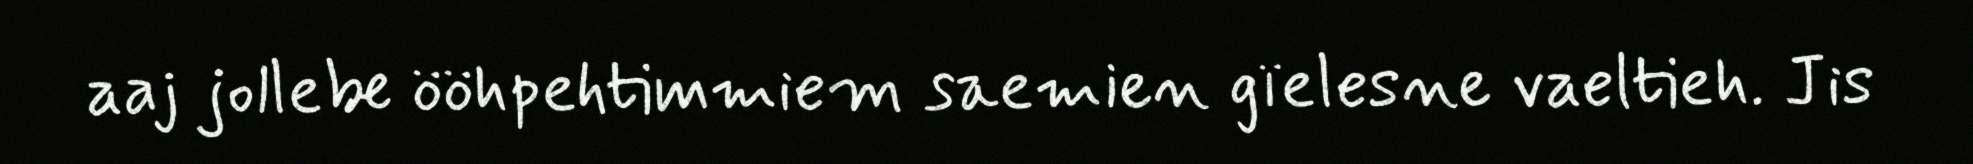
aaj jollebe ööhpehtimmiem saemien gïelesne vaeltieh. Jis